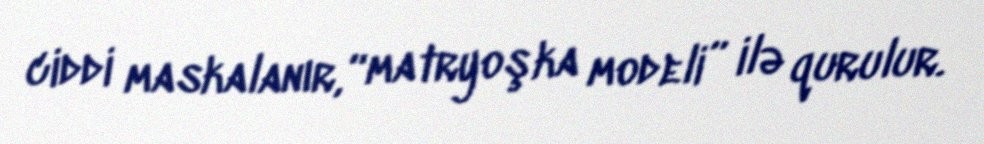
ciddi maskalanır, “matryoşka modeli” ilə qurulur.